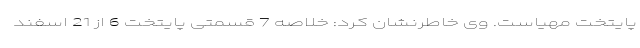
پایتخت مهیاست. وی خاطرنشان کرد: خلاصه 7 قسمتی پایتخت 6 از 21 اسفند